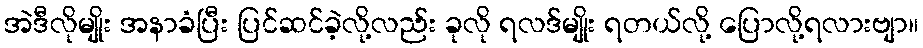
အဲဒီလိုမျိုး အနာခံပြီး ပြင်ဆင်ခဲ့လို့လည်း ခုလို ရလဒ်မျိုး ရတယ်လို့ ပြောလို့ရလားဗျာ။